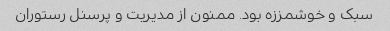
سبک و خوشمززه بود. ممنون از مدیریت و پرسنل رستوران